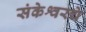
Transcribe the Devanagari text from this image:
संकेश्वरचे